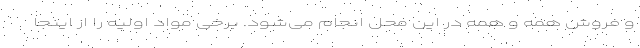
و فروش همه و همه در این محل انجام می‌شود. برخی مواد اولیه را از اینجا